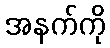
အနက်ကို